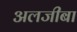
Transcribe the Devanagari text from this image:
अलजीबा